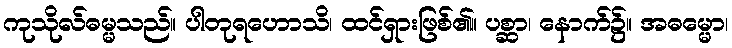
ကုသိုလ်ဓမ္မသည်။ ပါတုရဟောသိ၊ ထင်ရှားဖြစ်၏။ ပစ္ဆာ၊ နောက်၌။ အဓမ္မော၊